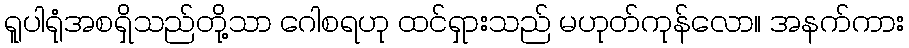
ရူပါရုံအစရှိသည်တို့သာ ဂေါစရဟု ထင်ရှားသည် မဟုတ်ကုန်လော။ အနက်ကား